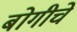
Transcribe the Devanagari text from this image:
बोगीचे